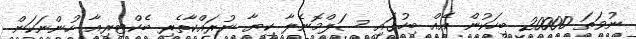
ނުވަތަ 20000 ބިހަކުން އެއް ބިހުގައި ސަލްމޮނެލާ ކިޔާ ނުރައްކާތެރި ބެކްޓިރިއާ ހުންނަކަން